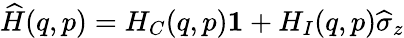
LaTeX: \widehat{H}(q,p)=H_{C}(q,p)\boldsymbol{1}+H_{I}(q,p)\widehat\sigma_{z}